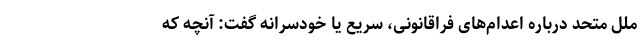
ملل متحد درباره اعدام‌های فراقانونی، سریع یا خودسرانه گفت: آنچه که